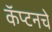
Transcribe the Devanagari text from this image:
कॅप्टनचे